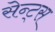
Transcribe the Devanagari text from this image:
सेन्ट्स